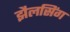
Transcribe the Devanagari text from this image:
झैलसिंग